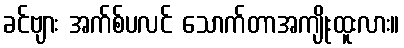
ခင်ဗျား အက်စ်ပလင် သောက်တာအကျိုးထူးလား။